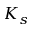
K _ { s }